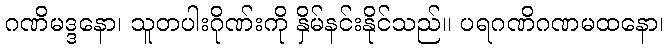
ဂဏိမဒ္ဒနော၊ သူတပါးဂိုဏ်းကို နှိမ်နင်းနိုင်သည်။ ပရဂဏိဂဏမထနော၊